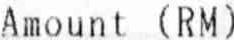
AMOUNT (RM)